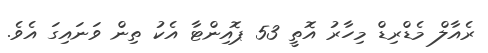
ރެއާލް މެޑްރިޑް މިހާރު އޮތީ 53 ޕޮއިންޓާ އެކު ތިން ވަނައިގަ އެވެ.